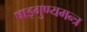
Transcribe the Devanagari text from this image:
षाड्गुण्यमन्त्र